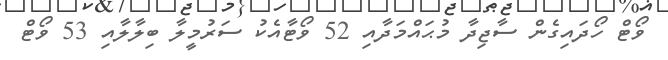
ވޯޓް ހޯދައިގެން ސާޖިދާ މުޙައްމަދާއި 52 ވޯޓާއެކު ސަރުމީލާ ބިލާލާއި 53 ވޯޓް